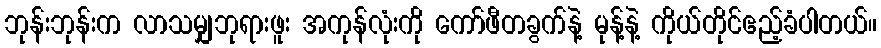
ဘုန်းဘုန်းက လာသမျှဘုရားဖူး အကုန်လုံးကို ကော်ဖီတခွက်နဲ့ မုန့်နဲ့ ကိုယ်တိုင်ဧည့်ခံပါတယ်။